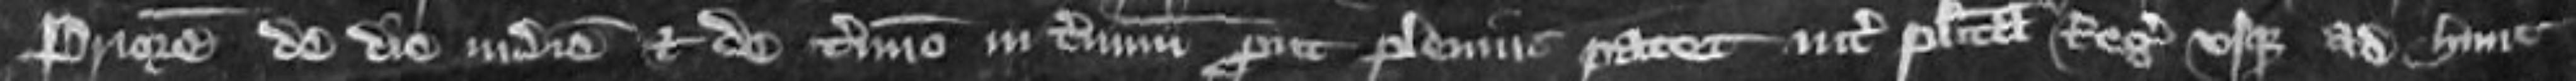
Priorem de die in diem et de termino in terminum prout plenius patet inter placitam Regis usque ad hunc